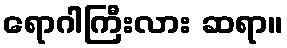
ရောဂါကြီးလား ဆရာ။